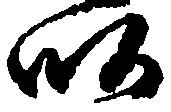
畝